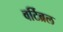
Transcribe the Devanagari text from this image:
वर्टिब्रल